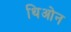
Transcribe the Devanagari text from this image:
थिओन